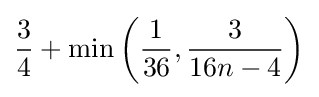
{\frac {3}{4}}+\min \left({\frac {1}{36}},{\frac {3}{16n-4}}\right)